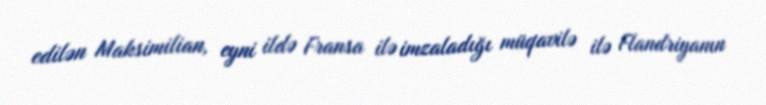
edilən Maksimilian, eyni ildə Fransa ilə imzaladığı müqavilə ilə Flandriyanın